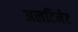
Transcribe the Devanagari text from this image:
अलटिमेट